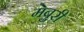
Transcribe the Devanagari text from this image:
मेबुरी